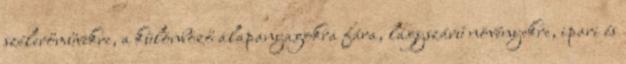
szélerőművekre, a különböző alapanyagokra fára, lágyszárú növényekre, ipari és